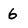
Character: 6